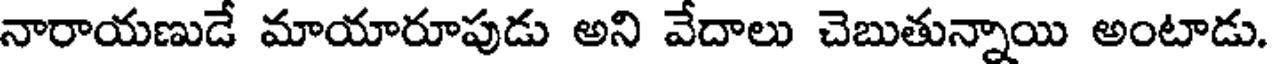
నారాయణుడే మాయారూపుడు అని వేదాలు చెబుతున్నాయి అంటాడు.